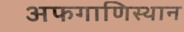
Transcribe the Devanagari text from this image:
अफगाणिस्थान